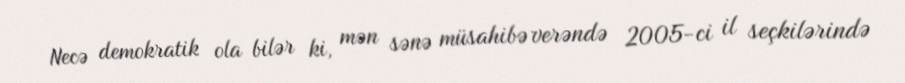
Necə demokratik ola bilər ki, mən sənə müsahibə verəndə 2005-ci il seçkilərində